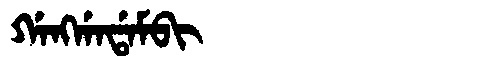
Manchu: ᡤᠠᠩᡤᠠᡩᠠᠮᠪᡳ
Romanization: GANGGADAMBI